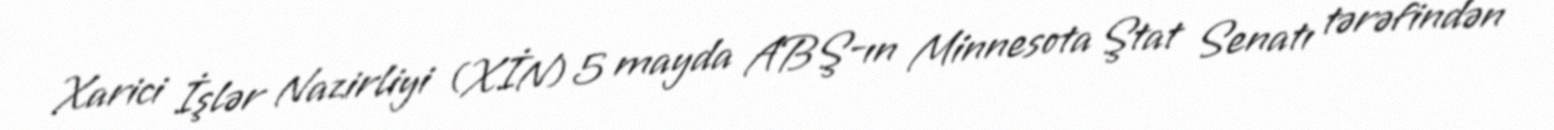
Xarici İşlər Nazirliyi (XİN) 5 mayda ABŞ-ın Minnesota Ştat Senatı tərəfindən